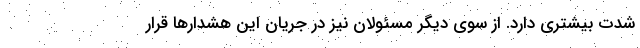
شدت بیشتری دارد. از سوی دیگر مسئولان نیز در جریان این هشدارها قرار